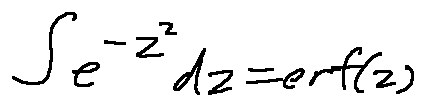
\int e ^ { - z ^ { 2 } } d z = e r f ( z )